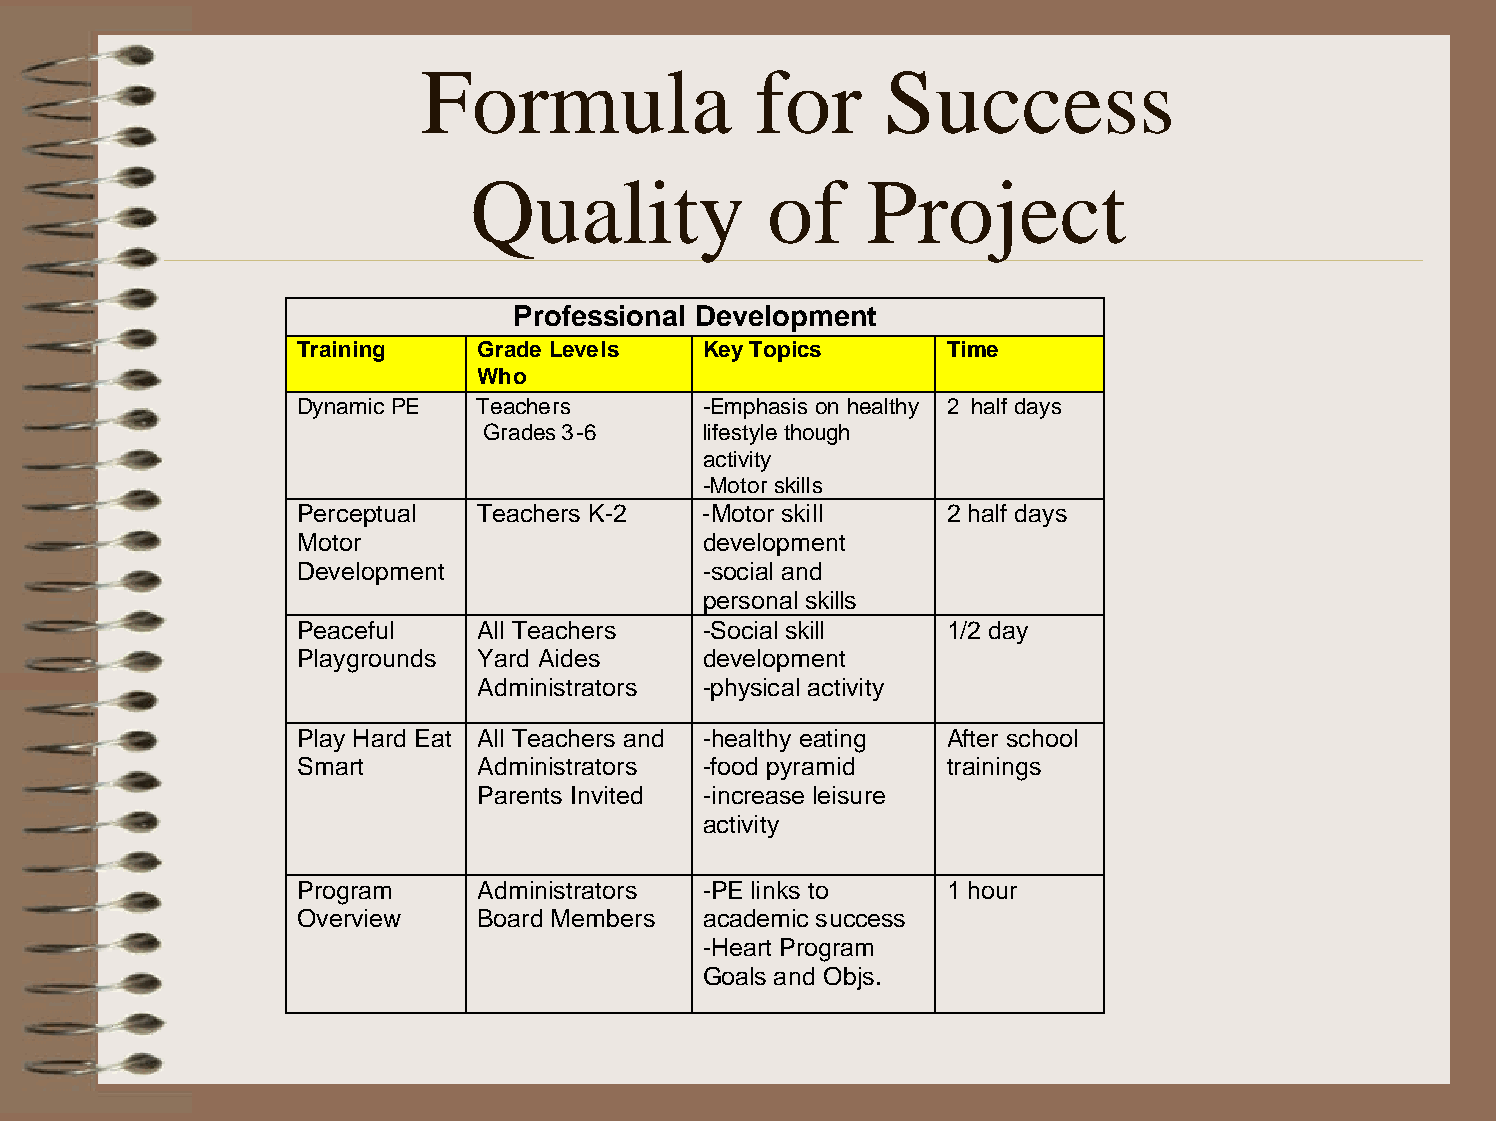
Formula               for      Success
 Quality             of    Project
 Professional Development
 Training    Grade Levels   Key Topics      Time
 Who
 Dynamic PE  Teachers       -Emphasis on healthy 2 half days
 Grades 3-6     lifestyle though
 activity
 -Motor skills
 Perceptual  Teachers K-2   -Motor skill    2 half days
 Motor                      development
 Development                -social and
 personal skills
 Peaceful    All Teachers   -Social skill   1/2 day
 Playgrounds Yard Aides     development
 Administrators -physical activity
 Play Hard Eat All Teachers and -healthy eating After school
 Smart       Administrators -food pyramid   trainings
 Parents Invited -increase leisure
 activity
 Program     Administrators -PE links to    1 hour
 Overview    Board Members  academic success
 -Heart Program
 Goals and Objs.